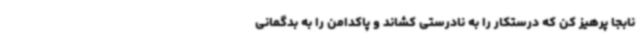
نابجا پرهیز کن که درستکار را به نادرستی کشاند و پاکدامن را به بدگمانی